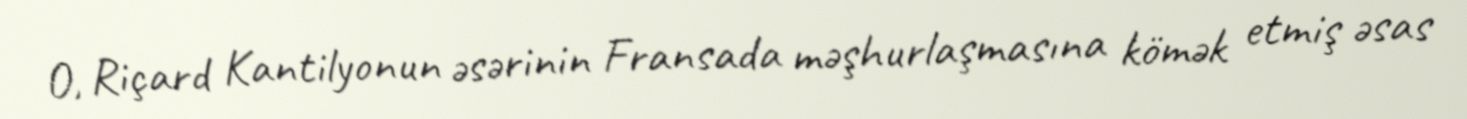
O, Riçard Kantilyonun əsərinin Fransada məşhurlaşmasına kömək etmiş əsas